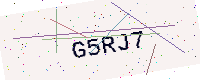
Text: G5RJ7